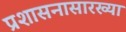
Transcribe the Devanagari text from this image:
प्रशासनासारख्या